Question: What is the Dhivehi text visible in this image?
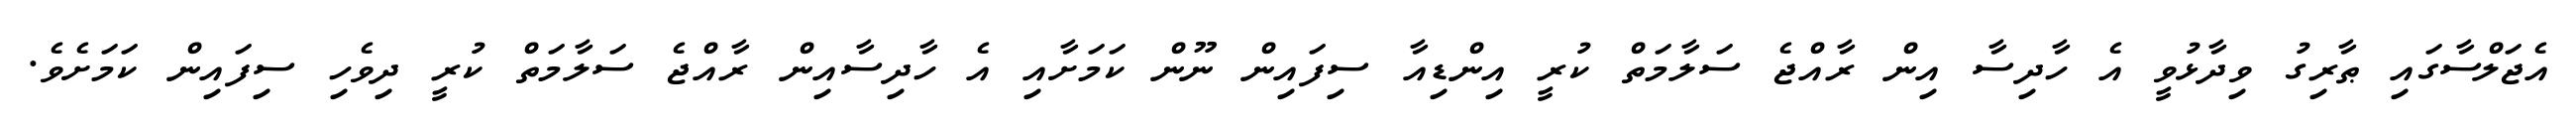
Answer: އެޖަލްސާގައި ޠާރިގު ވިދާޅުވީ އެ ހާދިސާ އިން ރާއްޖެ ސަލާމަތް ކުރީ އިންޑިއާ ސިފައިން ނޫން ކަމަށާއި އެ ހާދިސާއިން ރާއްޖެ ސަލާމަތް ކުރީ ދިވެހި ސިފައިން ކަމަށެވެ.